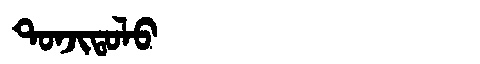
Manchu: ᡨᠣᠨᠵᡳᡨᠣᠯᠣ
Romanization: TONJITOLO